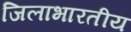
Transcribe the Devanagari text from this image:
जिलाभारतीय